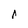
Character: A